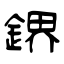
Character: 鎅